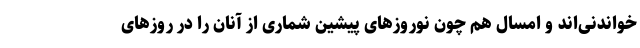
خواندنی‌اند و امسال هم چون نوروزهای پیشین شماری از آنان را در روزهای